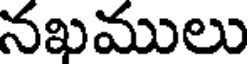
నఖములు